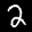
Label: 2